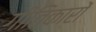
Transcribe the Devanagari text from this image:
गीतिकारों